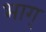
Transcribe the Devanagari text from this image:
भाग्